Report on the Nagpur School of Medicine, Central Provinces
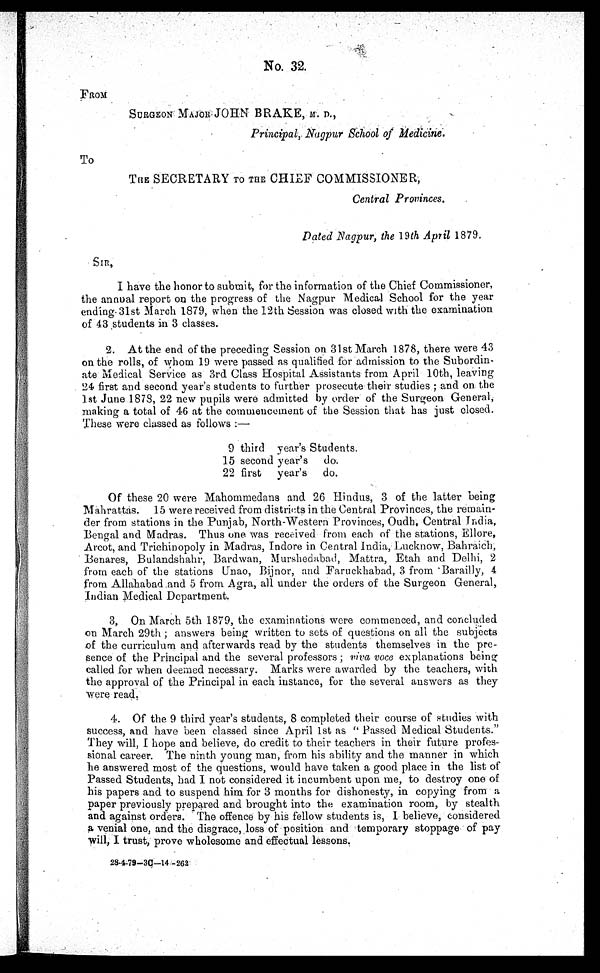
No. 32.
FROM
SURGEON MAJOR JOHN BRAKE, M. D.,
Principal, Nagpur School of Medicine.
TO
THE SECRETARY TO THE CHIEF COMMISSIONER,
Central Provinces.
Dated Nagpur, the 19th April 1879.
SIR,
I have the honor to submit, for the information of the Chief Commissioner,
the annual report on the progress of the Nagpur Medical School for the year
ending 31st March 1879, when the 12th Session was closed with the examination
of 43 students in 3 classes.
2. At the end of the preceding Session on 31st March 1878, there were 43
on the rolls, of whom 19 were passed as qualified for admission to the Subordin-
ate Medical Service as 3rd Class Hospital Assistants from April 10th, leaving
24 first and second year's students to further prosecute their studies; and on the
1 st June 1878, 22 new pupils were admitted by order of the Surgeon General,
making a total of 46 at the commencement of the Session that has just closed.
These were classed as follows:—
9 third year's Students.
15 second year's d o .
22 first year's do.
Of these 20 were Mahommedans and 26 Hindus, 3 of the latter being
Mahrattas. 15 were received from districts in the Central Provinces, the remain-
der from stations in the Punjab, North-Western Provinces, Oudh, Central India,
Bengal and Madras. Thus one was received from each of the stations, Ellore,
Arcot, and Trichinopoly in Madras, Indore in Central India, Lucknow, Bahraich,
Benares, Bulandshahr, Bardwan, Murshedabad, Mattra, Etah and Delhi, 2
from each of the stations Unao, Bijnor, and Faruckhabad, 3 from Barailly, 4
from Allahabad and 5 from Agra, all under the orders of the Surgeon General,
Indian Medical Department.
3. On March 5th 1879, the examinations were commenced, and concluded
on March 29th; answers being written to sets of questions on all the subjects
of the curriculum and afterwards read by the students themselves in the pre-
sence of the Principal and the several professors; viva voce explanations being
called for when deemed necessary. Marks were awarded by the teachers, with
the approval of the Principal in each instance, for the several answers as they
were read.
4. Of the 9 third year's students, 8 completed their course of studies with
success, and have been classed since April 1st as "Passed Medical Students."
They will, I hope and believe, do credit to their teachers in their future profes-
sional career. The ninth young man, from his ability and the manner in which
he answered most of the questions, would have taken a good place in the list of
Passed Students, had I not considered it incumbent upon me, to destroy one of
his papers and to suspend him for 3 months for dishonesty, in copying from a
paper previously prepared and brought into the examination room, by stealth
and against orders. The offence by his fellow students is, I believe, considered
a venial one, and the disgrace, loss of position and temporary stoppage of pay
will, I trust, prove wholesome and effectual lessons.
28-4-79—3C—14—262